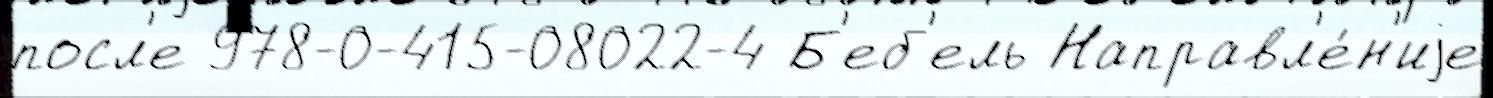
посл'е 978-0-415-08022-4 Б'еб'ель Направл'е́н'иjе